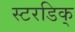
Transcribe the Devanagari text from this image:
स्टरडिक्